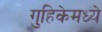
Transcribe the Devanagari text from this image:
गुहिकेमध्ये